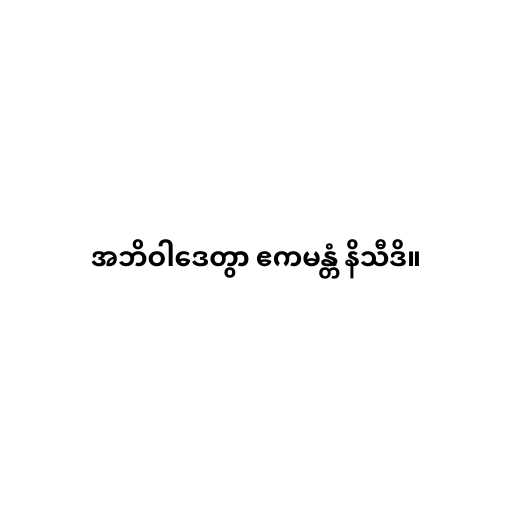
အဘိဝါဒေတွာ ဧကမန္တံ နိသီဒိ။